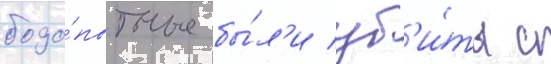
подо́пытные бы́л'и уб'и́ты с